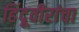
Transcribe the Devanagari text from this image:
हिंदूवीरांचा